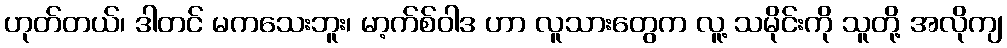
ဟုတ်တယ်၊ ဒါတင် မကသေးဘူး၊ မာ့က်စ်ဝါဒ ဟာ လူသားတွေက လူ့ သမိုင်းကို သူတို့ အလိုကျ